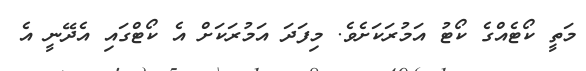
މަތީ ކޯޓެއްގެ ކޯޓު އަމުރަކަށެވެ. މިފަދަ އަމުރަކަށް އެ ކޯޓްގައި އެދޭނީ އެ